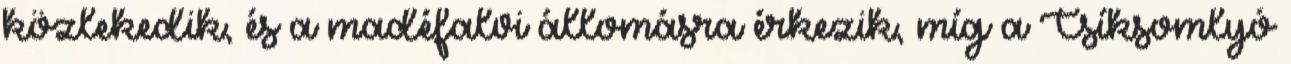
közlekedik, és a madéfalvi állomásra érkezik, míg a Csíksomlyó